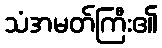
သံအမတ်ကြီး၏